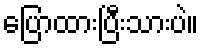
ပြောထားပြီးသားပဲ။